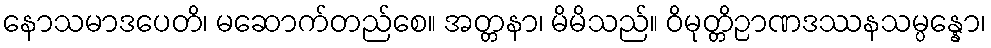
နောသမာဒပေတိ၊ မဆောက်တည်စေ။ အတ္တနာ၊ မိမိသည်။ ဝိမုတ္တိဉာဏဒဿနသမ္ပန္နော၊